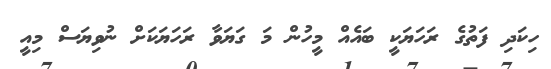
ހިކަދި ފަތުގެ ރަހަޔަކީ ބައެއް މީހުން މަ ގަޔަވާ ރަހަޔަކަށް ނުވިޔަސް މިއީ